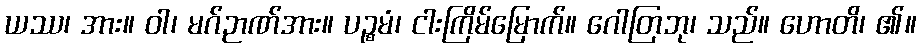
ယဿ၊ အား။ ဝါ၊ မဂ်ဉာဏ်အား။ ပဉ္စမံ၊ ငါးကြိမ်မြောက်။ ဂေါတြဘု၊ သည်။ ဟောတိ၊ ၏။